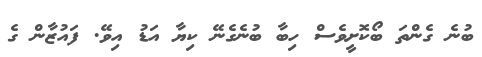
ބުނެ ގެންތަ ބޯކޮށީވެސް ހިބާ ބުނެގެނޭ ކިޔާ އަޑު އިވޭ. ފައުޒާން ގެ